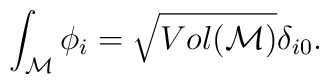
\int_{\cal M} \phi_i = \sqrt{Vol({\cal M})} \delta_{i0}.